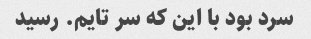
سرد بود با این که سر تایم. رسید